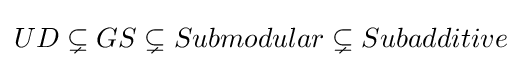
UD\subsetneq GS\subsetneq Submodular\subsetneq Subadditive